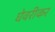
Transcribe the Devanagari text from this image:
घेवरीकर